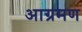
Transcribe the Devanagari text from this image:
आग्रमण